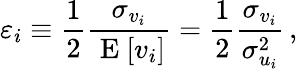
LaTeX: \varepsilon_{i}\equiv\frac{1}{2}\frac{\sigma_{v_{i}}}{\mathrm{~E~}[v_{i}]}=\frac{1}{2}\frac{\sigma_{v_{i}}}{\sigma_{u_{i}}^{2}}\, ,